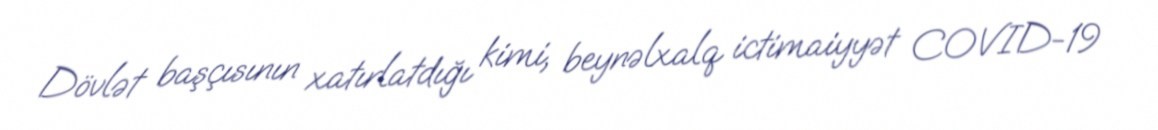
Dövlət başçısının xatırlatdığı kimi, beynəlxalq ictimaiyyət COVID-19